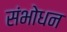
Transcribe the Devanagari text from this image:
संभोधन